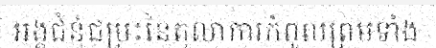
អង្គជំនុំជម្រះនៃតុលាការកំពួលព្រមទាំង